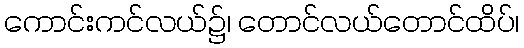
ကောင်းကင်လယ်၌၊ တောင်လယ်တောင်ထိပ်၊